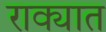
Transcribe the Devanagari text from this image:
राक्यात